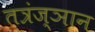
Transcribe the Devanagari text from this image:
तत्रंज्ञान